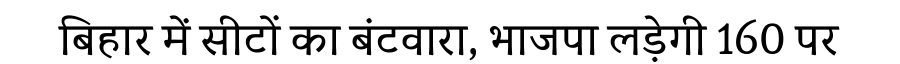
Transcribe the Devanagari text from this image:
बिहार में सीटों का बंटवारा, भाजपा लड़ेगी 160 पर